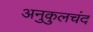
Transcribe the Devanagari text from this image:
अनुकुलचंद